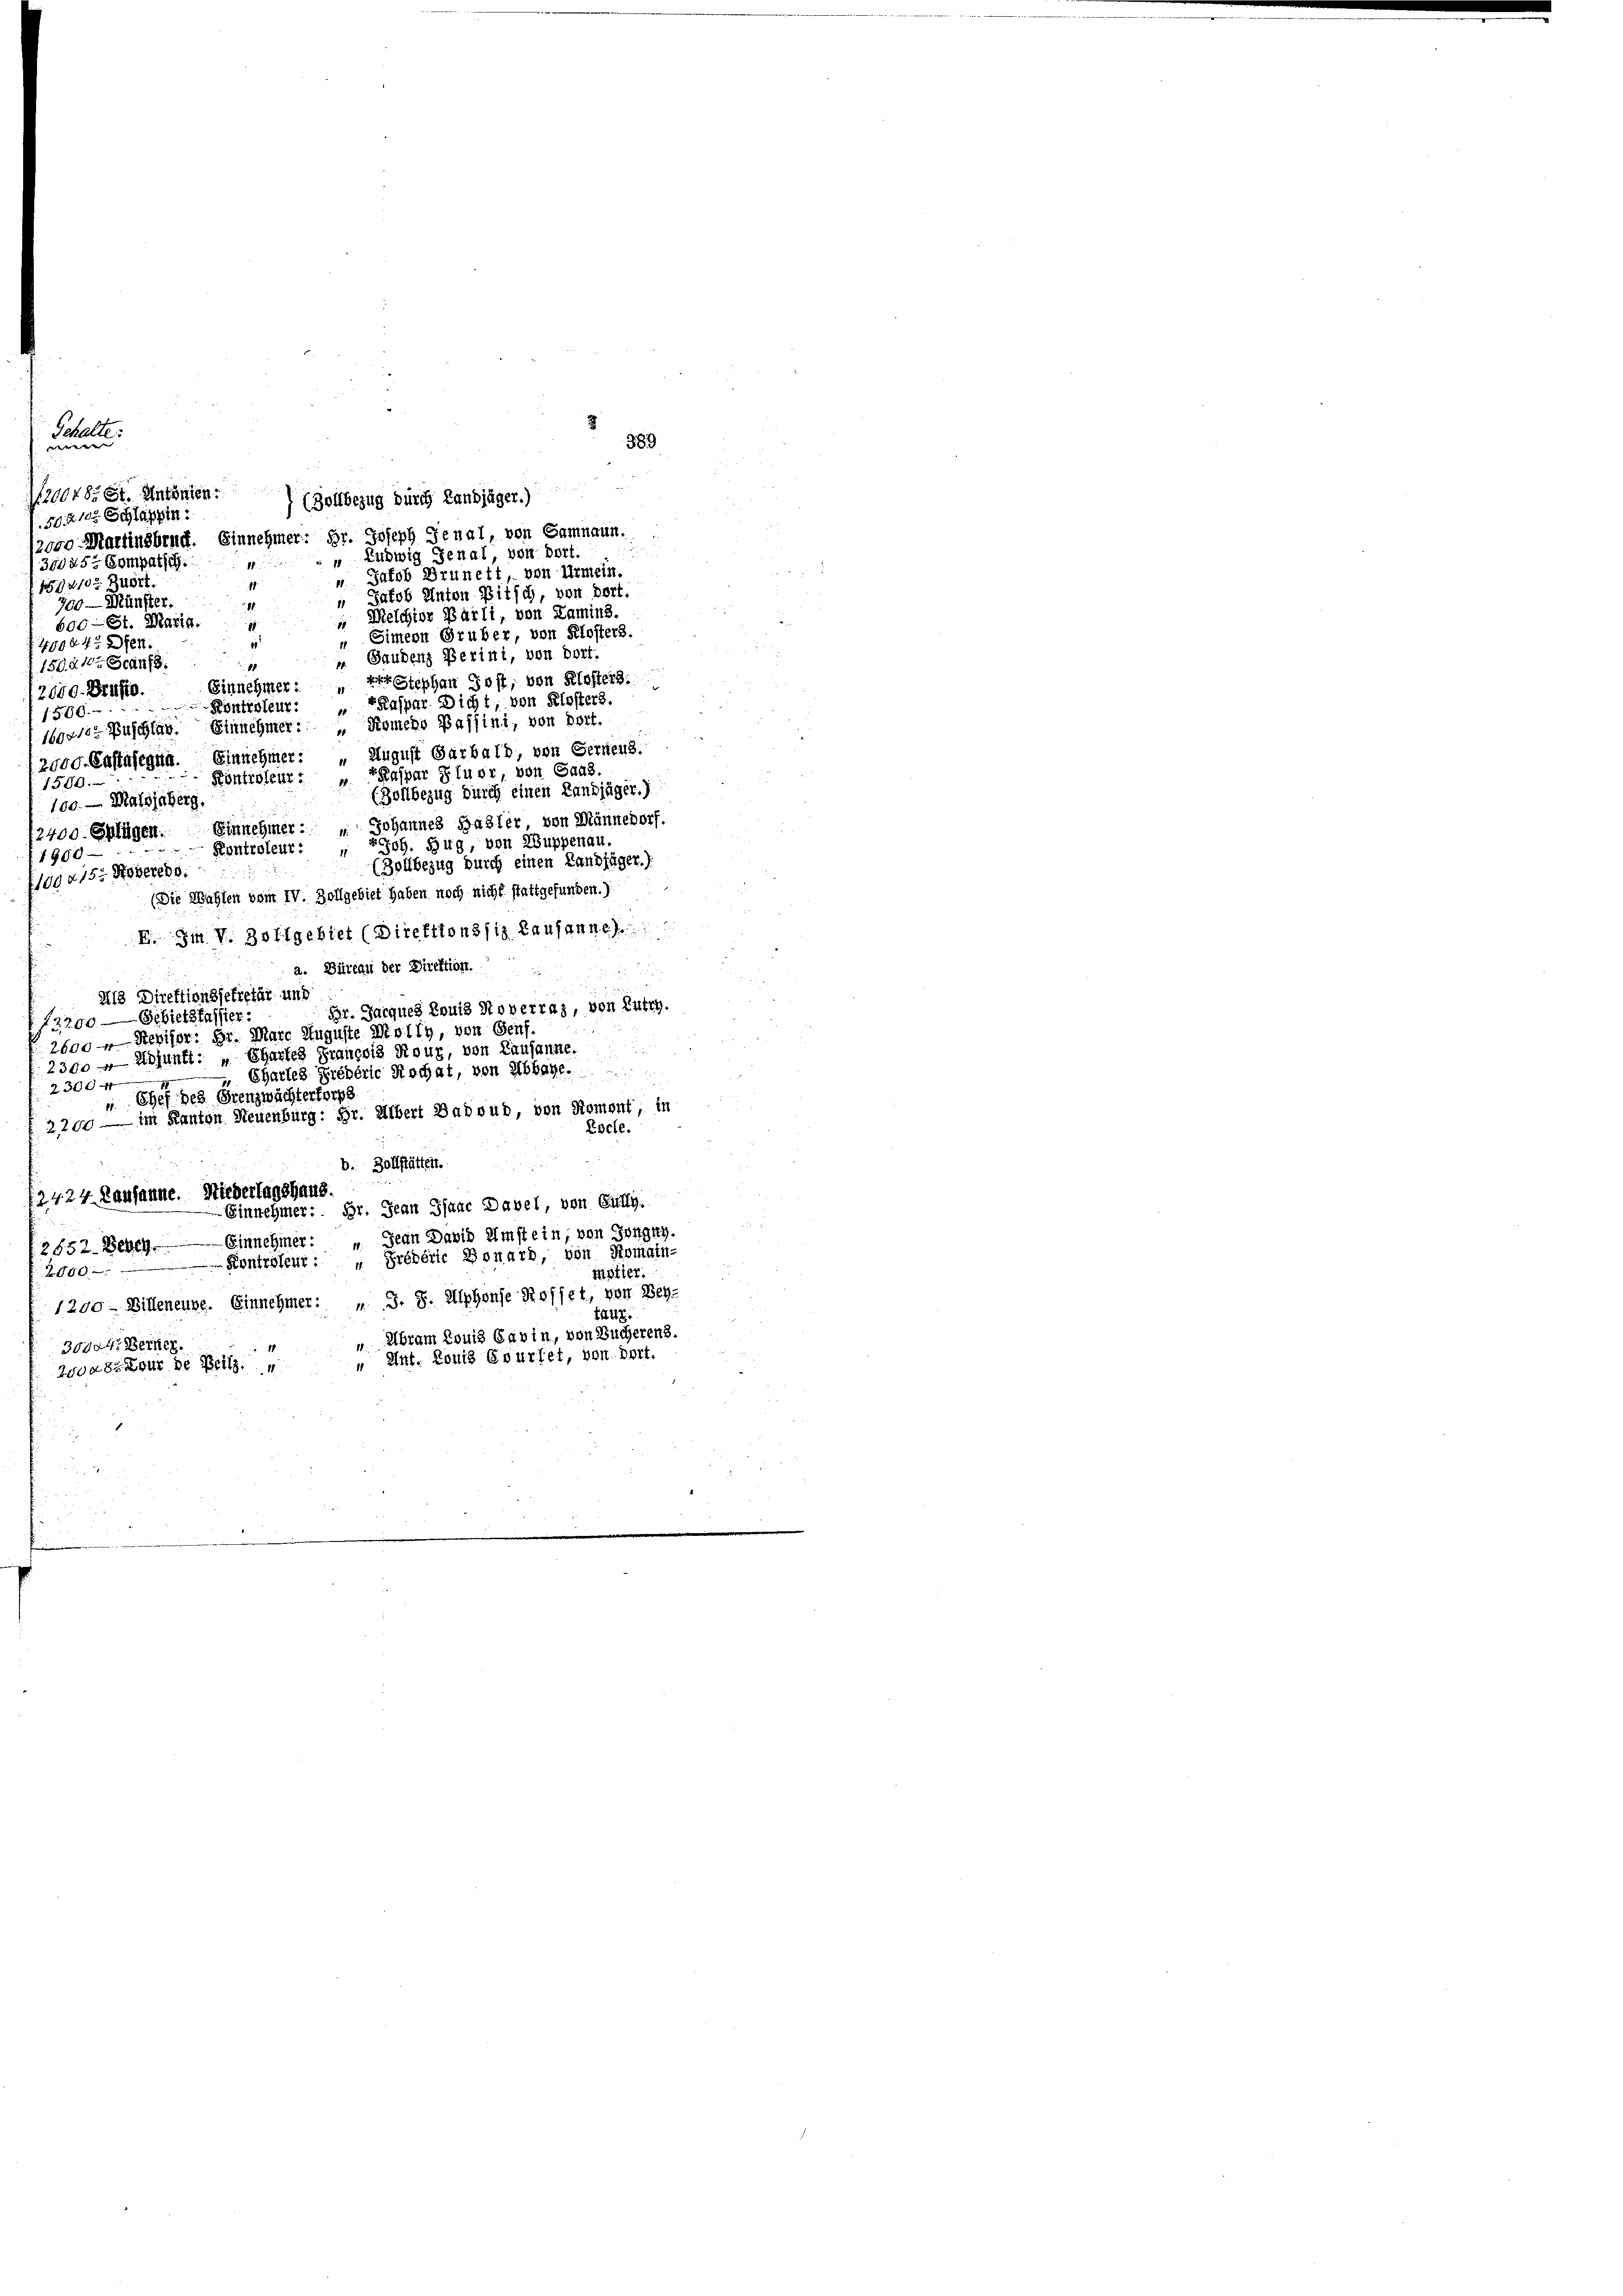
Gehalte:
were |
120048, St. Antonen:

389

 (Zollbezug durch Landjäger.)
50. 210 Schläppin
12000 Martinsbruch. Einnehmer: Hr. Joseph Jenal, von Samnaun.
„ Ludwig Genal, von dort.
30045, Compatsch.
 Jakob Brunett, von Urmein.
159410. Zuert.
 Patob Anton Pitsch, von Dort.
700 — Münster,
Melchior Bärli, von Lamins.
11
600 — St. Maria.
„ Eimeon Gruber, von Klosters.
1
40044. Dien
" Baudenz Perini, von Dort.
150. 410. Jean 8.
1
Stephan Jost, von Kloster.
Einnehmer
1
12040. Brusio.
Kontroleur: „Kaspar Dicht, von Klosters.
1500.
1692102 Puschlag. Einnehmer: „Komeno Baffini, von Bort.
2900. Castasegna. Einnehmer: „August Garbalb, von Gerneuz.
Kontroleur: „ PKaspar Pluor, von Saas.
1586.
(Zollbezug durch einen Landjäger.)
100. Malsjeherg
Einnehmer.  Johannes Basler, von Männedorf.
(2400. erfügen.
Joh. Zug, von Kuppenau.
 Kontroleur.
1900
(Zollbezug durch einen Landjäger.)
1094. 153. Noverer.
(Die Wahlen vom IV. Zollgebiet haben noch nicht stattgefunden.)
D. Im V. Zollgebiet (Direktionssiz Lausanne
a. Büreau der Direktion.
Als Direktionssekretär und
Br. Jacques Louis Noverraz, von Lutry.
13200 Gebierfasster:
2600 – Revisor: Dr. Marc Auguste Molly, von Genf
2300 - Adjunkt: „Ehartes François Rour, von Lausanne.
Chartes Greberie Kochat, von Abbahe.
230
" Chef des Grenzwächterforps
2200 — im Kanton Neuenburg: Hr. Albert Badwud, von Roment, in
Epcle.
b. Zollstätten.
2424. Lausanne. Niederlagshaus
Einnehmer: Hr. Jean Isaac Davel, von Gully.
Einnehmer: „Jean David Amstein, von Gongky.
2652. Beben.
Kontroleur: „Prébéric Bonard, von Romain-
2000
mötier
1290 - Billeneure. Einnehmer: „ S. 8. Alphonse Rosset, von SchtAug.
Ubram Louis Savin, von Sucherens.
30404. Berne
" Ant. Louis Evurfet, von Dort.
250482 our de Bett.
2